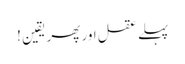
پہلے عقل اور پھر یقین !